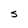
Character: S